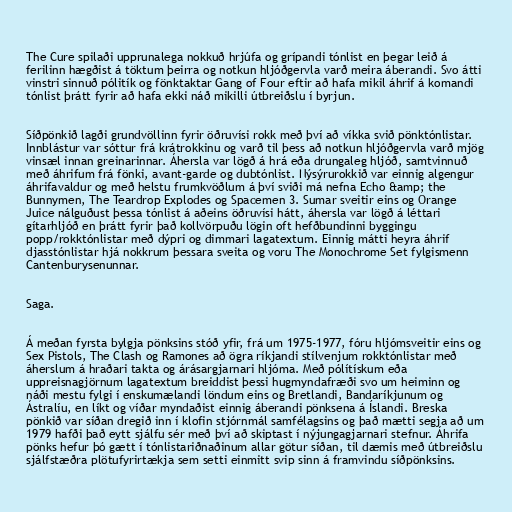
The Cure spilaði upprunalega nokkuð hrjúfa og grípandi tónlist en þegar leið á
ferilinn hægðist á töktum þeirra og notkun hljóðgervla varð meira áberandi. Svo átti
vinstri sinnuð pólitík og fönktaktar Gang of Four eftir að hafa mikil áhrif á komandi
tónlist þrátt fyrir að hafa ekki náð mikilli útbreiðslu í byrjun.

Síðpönkið lagði grundvöllinn fyrir öðruvísi rokk með því að víkka svið pönktónlistar.
Innblástur var sóttur frá krátrokkinu og varð til þess að notkun hljóðgervla varð mjög
vinsæl innan greinarinnar. Áhersla var lögð á hrá eða drungaleg hljóð, samtvinnuð
með áhrifum frá fönki, avant-garde og dubtónlist. Nýsýrurokkið var einnig algengur
áhrifavaldur og með helstu frumkvöðlum á því sviði má nefna Echo &amp; the
Bunnymen, The Teardrop Explodes og Spacemen 3. Sumar sveitir eins og Orange
Juice nálguðust þessa tónlist á aðeins öðruvísi hátt, áhersla var lögð á léttari
gítarhljóð en þrátt fyrir það kollvörpuðu lögin oft hefðbundinni byggingu
popp/rokktónlistar með dýpri og dimmari lagatextum. Einnig mátti heyra áhrif
djasstónlistar hjá nokkrum þessara sveita og voru The Monochrome Set fylgismenn
Cantenburysenunnar.

Saga.

Á meðan fyrsta bylgja pönksins stóð yfir, frá um 1975-1977, fóru hljómsveitir eins og
Sex Pistols, The Clash og Ramones að ögra ríkjandi stílvenjum rokktónlistar með
áherslum á hraðari takta og árásargjarnari hljóma. Með pólítískum eða
uppreisnagjörnum lagatextum breiddist þessi hugmyndafræði svo um heiminn og
náði mestu fylgi í enskumælandi löndum eins og Bretlandi, Bandaríkjunum og
Ástralíu, en líkt og víðar myndaðist einnig áberandi pönksena á Íslandi. Breska
pönkið var síðan dregið inn í klofin stjórnmál samfélagsins og það mætti segja að um
1979 hafði það eytt sjálfu sér með því að skiptast í nýjungagjarnari stefnur. Áhrifa
pönks hefur þó gætt í tónlistariðnaðinum allar götur síðan, til dæmis með útbreiðslu
sjálfstæðra plötufyrirtækja sem setti einmitt svip sinn á framvindu síðpönksins.